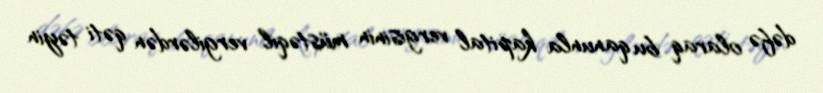
dəfə olaraq bu qanunla kapital vergisinin müstəqil vergilərdən qəti təyin